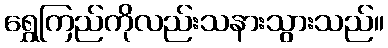
ရွှေကြည်ကိုလည်းသနားသွားသည်။